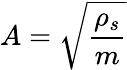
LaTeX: A=\sqrt{\frac{\rho_{s}}{m}}